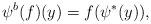
LaTeX: \begin{align*}\psi^b (f)(y) = f ( \psi^* (y) ),\end{align*}